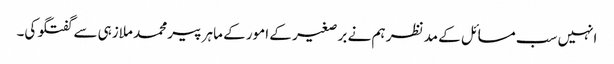
انہیں سب مسائل کے مد نظر ہم نے بر صغیر کے امور کے ماہر پیر محمد ملازہی سے گفتگو کی۔